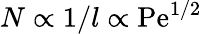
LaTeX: N\propto 1/l\propto\mathrm{Pe}^{1/2}